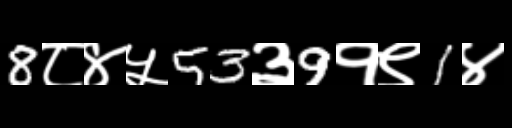
Text: 8८४५53३9१९1४